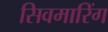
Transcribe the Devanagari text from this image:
सिवमारिंग